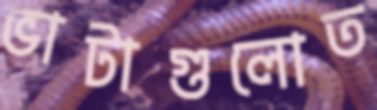
ভাটাগুলোত